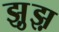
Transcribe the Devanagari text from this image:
झ़ुझ़